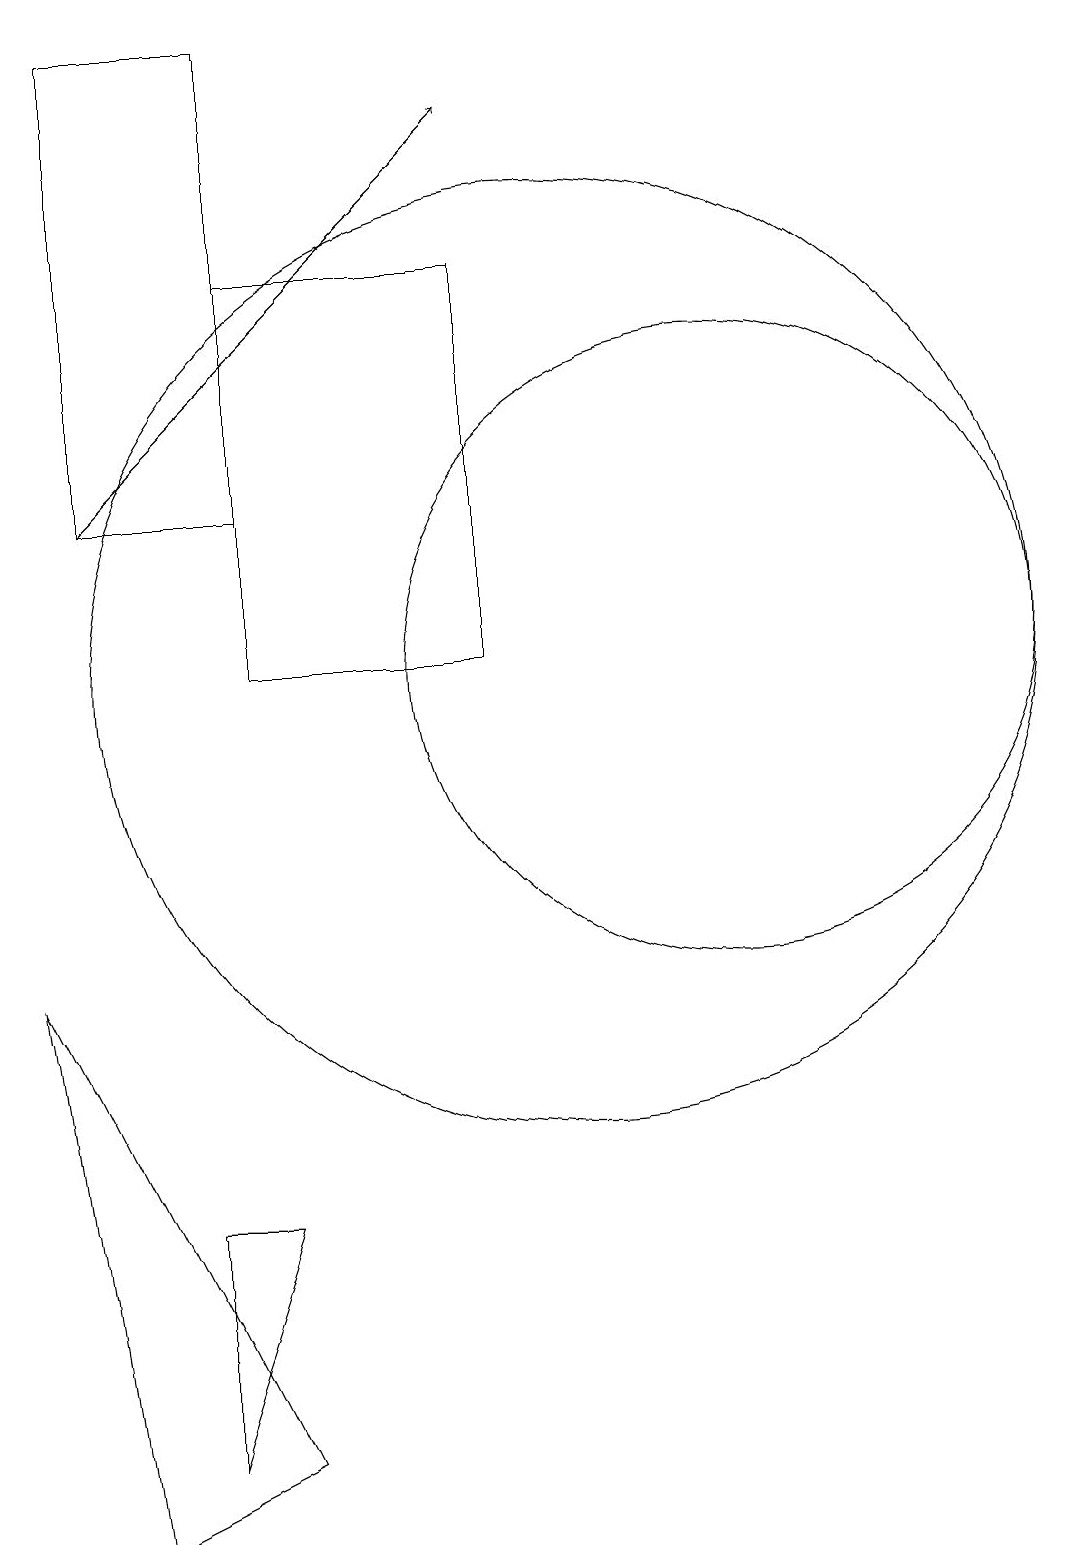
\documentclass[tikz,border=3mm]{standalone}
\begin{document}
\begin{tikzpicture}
\draw (6,16) rectangle (9,11);
\draw (6,4) -- (5,4) -- (5,1) -- cycle;
\draw[->] (4,13) -- (9,18);
\draw (3,7) -- (4,0) -- (6,1) -- cycle;
\draw (6,19) rectangle (4,13);
\draw (10,11) circle (6);
\draw (12,11) circle (4);
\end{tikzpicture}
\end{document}